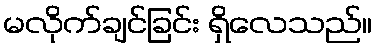
မလိုက်ချင်ခြင်း ရှိလေသည်။